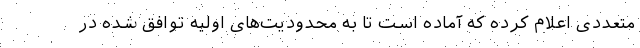
متعددی اعلام کرده که آماده است تا به محدودیت‌های اولیه توافق شده در